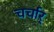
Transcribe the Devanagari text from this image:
चर्चार्